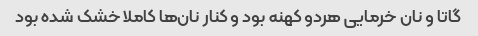
گاتا و نان خرمایی هردو کهنه بود و کنار نان‌ها کاملا خشک شده بود